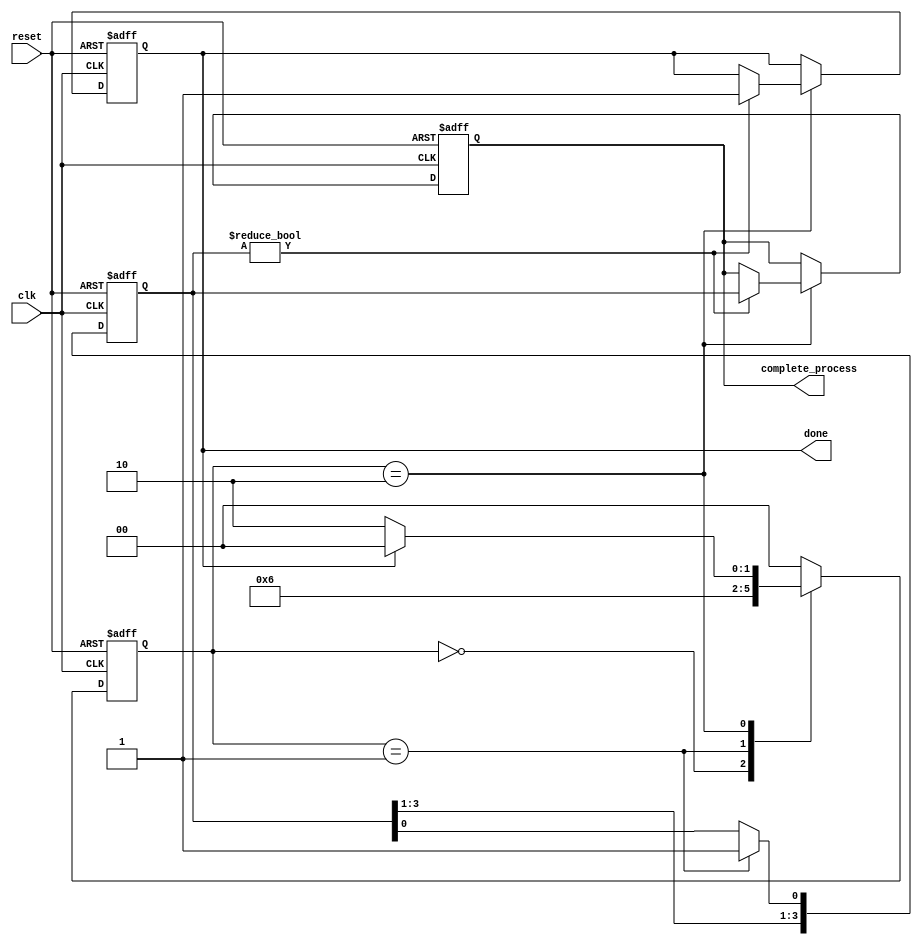
module fork_join_any(
    input wire clk,
    input wire reset,
    output reg done,
    output reg [3:0] complete_process
);

// States for main process
localparam IDLE = 2'b00;
localparam FORK = 2'b01;
localparam JOIN = 2'b10;

reg [1:0] state;
reg [1:0] next_state;

// Simulation of processes completion
reg [3:0] process_done;

// Task completion indicators for 4 concurrent processes
always @(posedge clk or posedge reset) begin
    if (reset) begin
        process_done <= 4'b0000; // Resets all completion flags
    end else begin
        // Simulate each process completing over time
        // Here, we assume arbitrary completion conditions for demonstration
        if (state == FORK) begin
            process_done[0] <= 1'b1; // Process 0 completes first (for example)
            // You can uncomment the other processes to simulate simultaneous completion
            // process_done[1] <= 1'b1; // Process 1 completes
            // process_done[2] <= 1'b1; // Process 2 completes
            // process_done[3] <= 1'b1; // Process 3 completes
        end
    end
end

// State Machine to manage fork-join behavior
always @(posedge clk or posedge reset) begin
    if (reset) begin
        state <= IDLE;
        complete_process <= 4'b0000;
        done <= 1'b0;
    end else begin
        state <= next_state;

        // On entering the JOIN state, check which process completed
        if (state == JOIN) begin
            if (process_done != 4'b0000) begin // If any process is done
                complete_process <= process_done; // Capture which process completed
                done <= 1'b1; // Set done signal
            end
        end
    end
end

// Next state logic
always @* begin
    case (state)
        IDLE: next_state = FORK;
        FORK: next_state = JOIN;
        JOIN: next_state = (done) ? IDLE : JOIN; // Stay in JOIN until done
        default: next_state = IDLE;
    endcase
end

endmodule